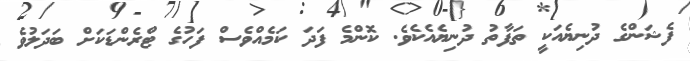
ފެޝަންގެ ދުނިޔެއަކީ ތަފާތު ދުނިޔެއެކެވެ. ކޮންމެ ފަދަ ކަމެއްވެސް ފަހުގެ ޓްރެންޑަކަށް ބަދަލުވެ